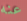
عنه